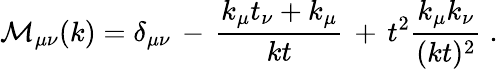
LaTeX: {\mathcal M}_{\mu\nu}(k)=\delta_{\mu\nu}\, -\, \frac{k_{\mu}t_{\nu}+k_{\mu}}{kt}\, +\, t^{2}\frac{k_{\mu}k_{\nu}}{(kt)^{2}}\; .